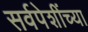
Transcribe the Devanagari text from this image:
सर्वपेशींच्या